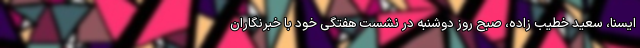
ایسنا، سعید خطیب زاده، صبح روز دوشنبه در نشست هفتگی خود با خبرنگاران